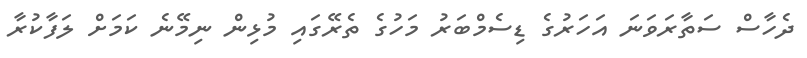
ދެހާސް ސަތާރަވަނަ އަހަރުގެ ޑިސެމްބަރު މަހުގެ ތެރޭގައި މުޅިން ނިމޭނެ ކަމަށް ލަފާކުރާ